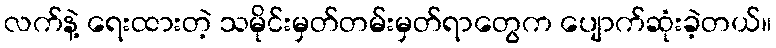
လက်နဲ့ ရေးထားတဲ့ သမိုင်းမှတ်တမ်းမှတ်ရာတွေက ပျောက်ဆုံးခဲ့တယ်။